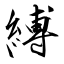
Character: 縛